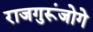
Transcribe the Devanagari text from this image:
राजगुरूंजोगे